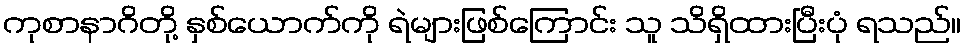
ကုစာနာဂိတို့ နှစ်ယောက်ကို ရဲများဖြစ်ကြောင်း သူ သိရှိထားပြီးပုံ ရသည်။